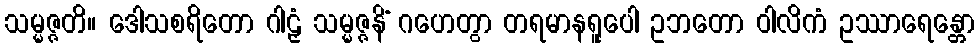
သမ္မဇ္ဇတိ။ ဒေါသစရိတော ဂါဠှံ သမ္မဇ္ဇနိံ ဂဟေတွာ တရမာနရူပေါ ဥဘတော ဝါလိကံ ဥဿာရေန္တော